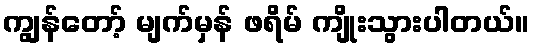
ကျွန်တော့် မျက်မှန် ဖရိမ် ကျိုးသွားပါတယ်။